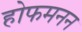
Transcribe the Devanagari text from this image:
होफमनन